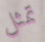
تمثل